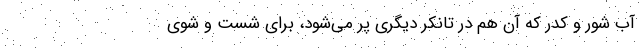
آب شور و کِدِر که آن هم در تانکر دیگری پُر می‌شود، برای شست و شوی